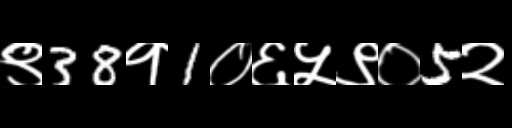
Text: ९38१1०६५९०5२